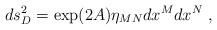
LaTeX: \begin{align*} ds_D^2=\exp(2A)\eta_{MN} dx^M dx^N~,\end{align*}